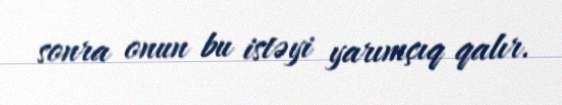
sonra onun bu istəyi yarımçıq qalır.